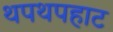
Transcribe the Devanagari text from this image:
थपथपहाट